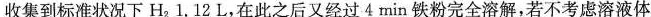
收集到标准状况下H_{2}1.12L，在此之后又经过4min铁粉完全溶解，若不考虑溶液体